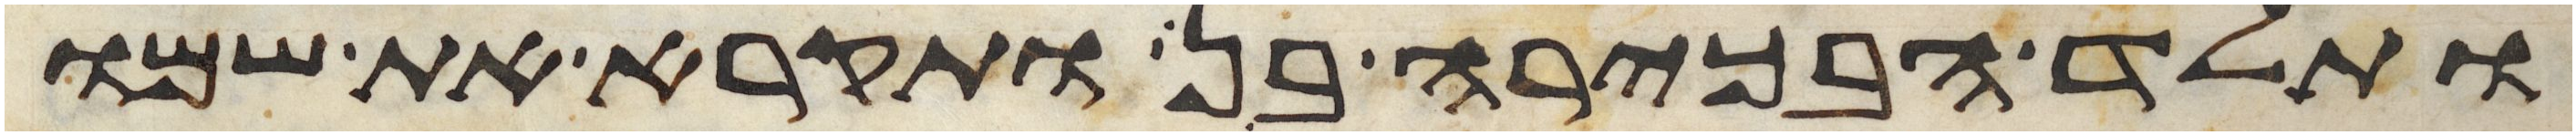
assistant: ותלד הבכירה בן ותקרא את שמו